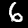
Digit: 6